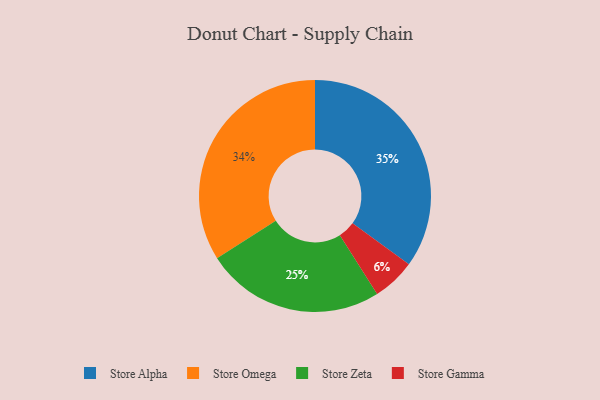
{"axis": {"x": "Category", "y": "Percentage"}, "legend": ["Store Alpha", "Store Gamma", "Store Omega", "Store Zeta"], "data": [{"x": "Store Zeta", "y": 25, "type": "Store Zeta"}, {"x": "Store Gamma", "y": 6, "type": "Store Gamma"}, {"x": "Store Alpha", "y": 35, "type": "Store Alpha"}, {"x": "Store Omega", "y": 34, "type": "Store Omega"}]}